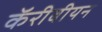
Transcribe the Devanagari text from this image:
कॅरीबीयन